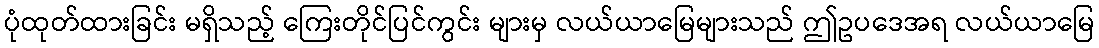
ပုံထုတ်ထားခြင်း မရှိသည့် ကြေးတိုင်ပြင်ကွင်း များမှ လယ်ယာမြေများသည် ဤဥပဒေအရ လယ်ယာမြေ